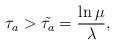
LaTeX: \begin{align*} \tau_{a}>\tilde{\tau_{a}}=\frac{\ln \mu}{\lambda},\end{align*}